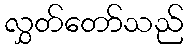
လွှတ်တော်သည်